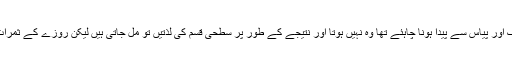
چنانچہ وہ تقوٰی اور صبر جو اس بھوک اور پیاس سے پیدا ہونا چاہئے تھا وہ نہیں ہوتا اور نتیجے کے طور پر سطحی قسم کی لذتیں تو مل جاتی ہیں لیکن روزے کے ثمرات و فیوضات ہاتھ سے نکل جاتے ہیں ۔